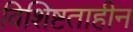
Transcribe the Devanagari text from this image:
विशिष्टताहीन